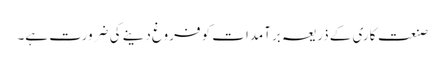
صنعت کاری کے ذریعہ برآمدات کو فروغ دینے کی ضرورت ہے۔